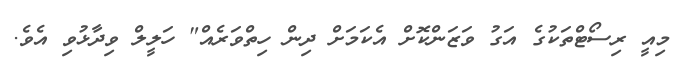
މިއީ ރިސޯޓްތަކުގެ އަގު ވަޒަންކޮށް އެކަމަށް ދިން ހިތްވަރެއް" ހަލީލް ވިދާޅުވި އެވެ.